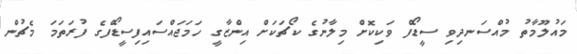
މައުލޫމާތު މުއްސަނދިވި ސީޑޯފް ވަކިކޮށް މިލާނުގެ ކޯޗަކަށް އިންޒާގީ ހަމަޖައްސައިފިސީޑޯފްގެ ފުރަތަމަ މެޗުން